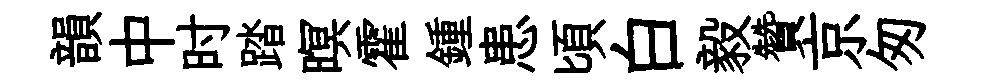
韻中时踏暝霍鍾患頃白毅贊京匆